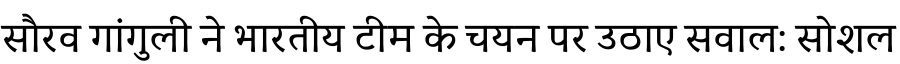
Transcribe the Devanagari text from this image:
सौरव गांगुली ने भारतीय टीम के चयन पर उठाए सवाल: सोशल